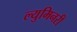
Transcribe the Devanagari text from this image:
ल्युमिनरी